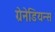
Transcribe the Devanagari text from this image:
ग्रेनेडियन्स